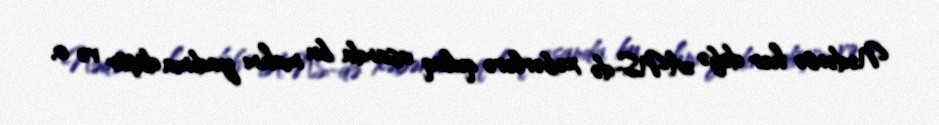
Nədənsə hər dəfə ANS-də xəbərlərə qulaq asanda bu mahnı yadıma düşür və o,